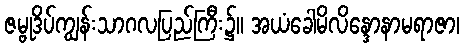
ဇမ္ဗုဒိပ်ကျွန်းသာဂလပြည်ကြီး၌။ အယံခေါမိလိန္ဒောနာမရာဇာ၊